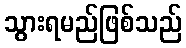
သွားရမည်ဖြစ်သည်